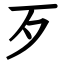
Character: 歹